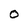
Character: O